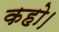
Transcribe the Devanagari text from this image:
कहो।